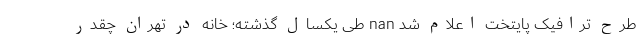
طرح ترافیک پایتخت اعلام شد nan طی یکسال گذشته؛ خانه در تهران چقدر